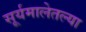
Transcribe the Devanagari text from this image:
सूर्यमालेतल्या